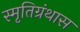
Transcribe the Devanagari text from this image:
स्मृतिग्रंथास